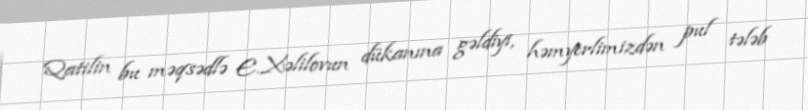
Qatilin bu məqsədlə E.Xəlilovun dükanına gəldiyi, həmyerlimizdən pul tələb